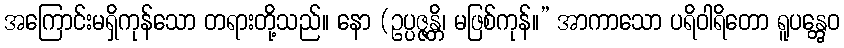
အကြောင်းမရှိကုန်သော တရားတို့သည်။ နော (ဥပ္ပဇ္ဇန္တိ၊ မဖြစ်ကုန်။” အာကာသော ပရိဝါရိတော ရူပန္တွေဝ